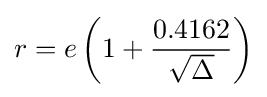
r=e\left(1+{\frac {0.4162}{\sqrt {\Delta }}}\right)